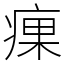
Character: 㾧